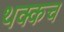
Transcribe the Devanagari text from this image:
थक्कच